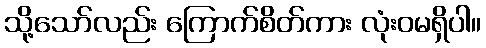
သို့သော်လည်း ကြောက်စိတ်ကား လုံးဝမရှိပါ။